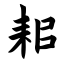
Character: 耜